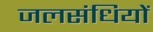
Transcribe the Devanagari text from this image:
जलसंधियों